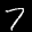
Label: 7